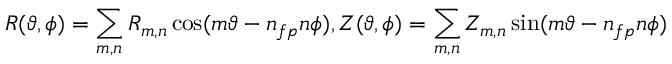
R ( \vartheta , \phi ) = \sum _ { m , n } R _ { m , n } \cos ( m \vartheta - n _ { f p } n \phi ) , Z ( \vartheta , \phi ) = \sum _ { m , n } Z _ { m , n } \sin ( m \vartheta - n _ { f p } n \phi )